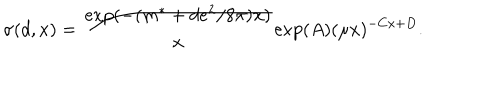
LaTeX: \sigma ( d , x ) = \frac { \exp ( - ( m ^ { \ast } + d e ^ { 2 } / 8 \pi ) x ) } { x } \exp ( A ) ( \mu x ) ^ { - C x + D } .